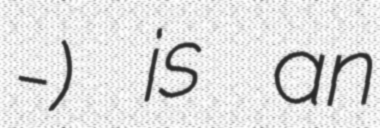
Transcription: سودآور-دیبا) is an